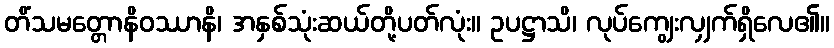
တိံသမတ္တောနိဝဿာနိ၊ အနှစ်သုံးဆယ်တို့ပတ်လုံး။ ဥပဋ္ဌာသိ၊ လုပ်ကျွေးလျှက်ရှိလေ၏။